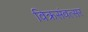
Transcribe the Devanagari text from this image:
विक्रसंवत्सर